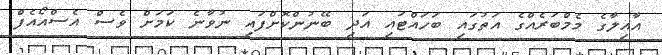
އާއިލާގެ މެމްބަރެއްގެ އަތުގައި ބަހައްޓައި އަދި ބޭނުންކޮށްފައި ނުވާނެ ކަމަށް ވެސް އެސްއޯއެފް